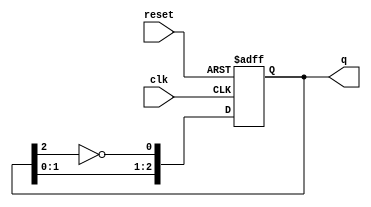
module JohnsonCounter #(
    parameter N = 3  // Parameter for the number of bits in the Johnson counter
)(
    input wire clk,           // Clock input
    input wire reset,         // Asynchronous reset input
    output reg [N-1:0] q      // Output state of the counter
);

    // Internal signal for the inverted last flip-flop output
    wire inverted_last_ff;

    // Assign the inverted output of the last flip-flop
    assign inverted_last_ff = ~q[N-1];

    // Sequential logic for the Johnson counter
    always @(posedge clk or posedge reset) begin
        if (reset) begin
            // Reset the counter to initial state (all zeros)
            q <= 0;
        end else begin
            // Shift the state with feedback from the inverted last flip-flop
            q <= {q[N-2:0], inverted_last_ff};
        end
    end

endmodule